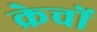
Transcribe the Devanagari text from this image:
क्रेचों